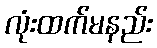
လုံးထက်မနည်း